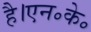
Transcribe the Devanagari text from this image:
है।एन॰के॰